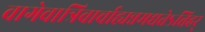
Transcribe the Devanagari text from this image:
वागेवात्रिवार्चाह्यन्नमद्यतेऽत्तिहर्